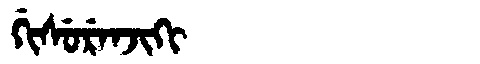
Manchu: ᡤᡳᠰᡠᡵᡝᠨᠵᡳᡴᡳ
Romanization: GISURENJIKI